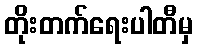
တိုးတက်ရေးပါတီမှ